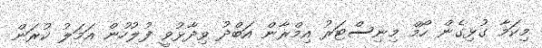
މިކަމާ ގުޅިގެން ހޯމް މިނިސްޓަރު އިމްރާން އަބްދު ވިދާޅުވީ ފުލުހުން އަމަލު ކުރަން